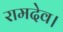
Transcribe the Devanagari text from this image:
रामदेव।